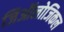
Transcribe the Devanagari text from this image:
जिऑलोजिकल